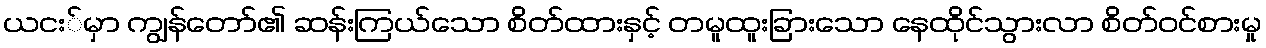
ယငး်မှာ ကျွန်တော်၏ ဆန်းကြယ်သော စိတ်ထားနှင့် တမူထူးခြားသော နေထိုင်သွားလာ စိတ်ဝင်စားမှု